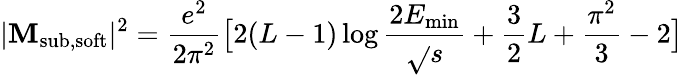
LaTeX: |\mathbf{M}_{\mathrm{{{sub,soft}}}}|^{2}=\frac{{e^{2}}}{{2\pi^{2}}}\bigl[2(L-1)\log\frac{{2E_{\mathrm{{min}}}}}{{\sqrt{}{{s}}}}+\frac{{3}}{{2}}L+\frac{{\pi^{2}}}{{3}}-2\bigr]